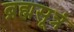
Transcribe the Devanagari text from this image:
ब्रह्मसूत्रं